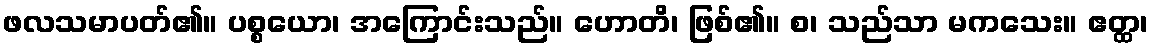
ဖလသမာပတ်၏။ ပစ္စယော၊ အကြောင်းသည်။ ဟောတိ၊ ဖြစ်၏။ စ၊ သည်သာ မကသေး။ ဧတ္ထ၊